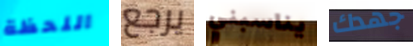
اللحظة يرجع يناسبني جهدك